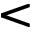
<